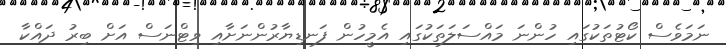
ނަމަވެސް ކޯޓުތަކުގައި ހުންނަ މައްސަލަތަކުގައި އެމީހުން ފަނޑިޔާރުންނަށާއި ވިޓްނަސް އަށް ބިރު ދައްކާ